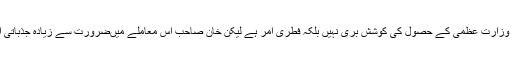
کسی سیاسی لیڈر کے لئے وزارت عظمیٰ کے حصول کی کوشش بری نہیں بلکہ فطری امر ہے لیکن خان صاحب اس معاملے میںضرورت سے زیادہ جذباتی اور عجلت پسند واقع ہوئے۔